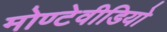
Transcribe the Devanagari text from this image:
मोण्टेवीडियो